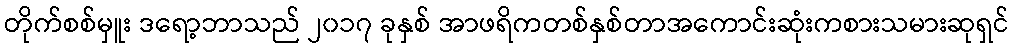
တိုက်စစ်မှူး ဒရော့ဘာသည် ၂၀၁၇ ခုနှစ် အာဖရိကတစ်နှစ်တာအကောင်းဆုံးကစားသမားဆုရှင်